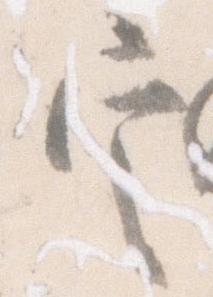
定